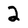
Character: 2